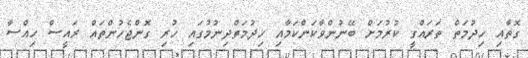
ގޮތާއި ހިދުމަތް ތަރައްގީ ކުރުމަށް ބޭނުންވާކަންކަމާއި ހިދުމަތްދިނުމުގައި ހުރި ގޮންޖެހުންތައް ރައީސް ހިއްސާ